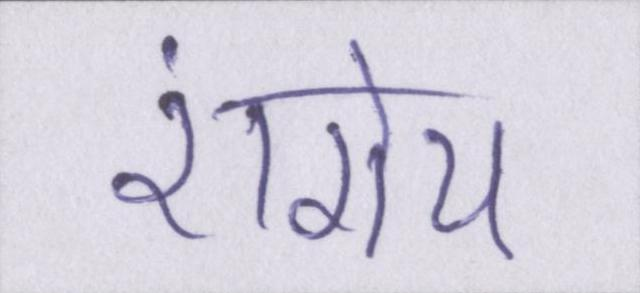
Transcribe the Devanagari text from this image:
रांगेय